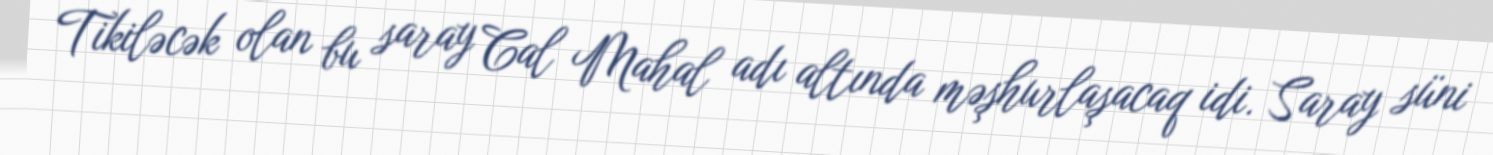
Tikiləcək olan bu saray Cal Mahal adı altında məşhurlaşacaq idi. Saray süni